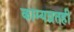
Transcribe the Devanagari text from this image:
काम्यव्रतही